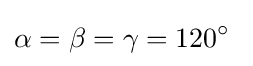
\alpha =\beta =\gamma =120^{\circ }\